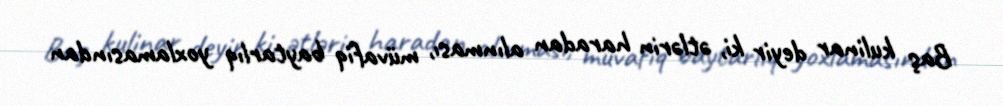
Baş kulinar deyir ki, ətlərin haradan alınması, müvafiq baytarlıq yoxlamasından